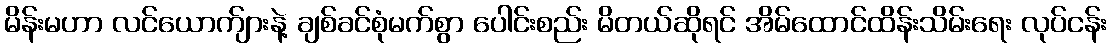
မိန်းမဟာ လင်ယောက်ျားနဲ့ ချစ်ခင်စုံမက်စွာ ပေါင်းစည်း မိတယ်ဆိုရင် အိမ်ထောင်ထိန်းသိမ်းရေး လုပ်ငန်း